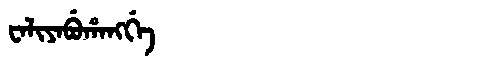
Manchu: ᠸᠠᠯᡳᠶᠠᠪᡠᡥᠠᠩᡤᡝ
Romanization: WALIYABUHANGGE